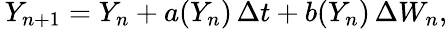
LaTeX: \, Y_{n+1}=Y_{n}+a(Y_{n})\, \Delta t+b(Y_{n})\, \Delta W_{n},